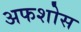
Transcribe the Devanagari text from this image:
अफशोस